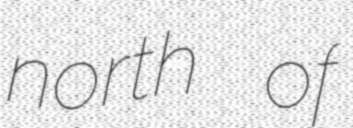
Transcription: north of